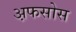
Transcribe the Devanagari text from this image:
अ़फसोस